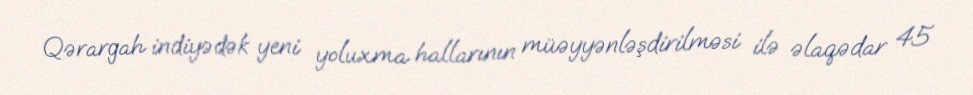
Qərargah indiyədək yeni yoluxma hallarının müəyyənləşdirilməsi ilə əlaqədar 45